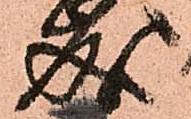
成